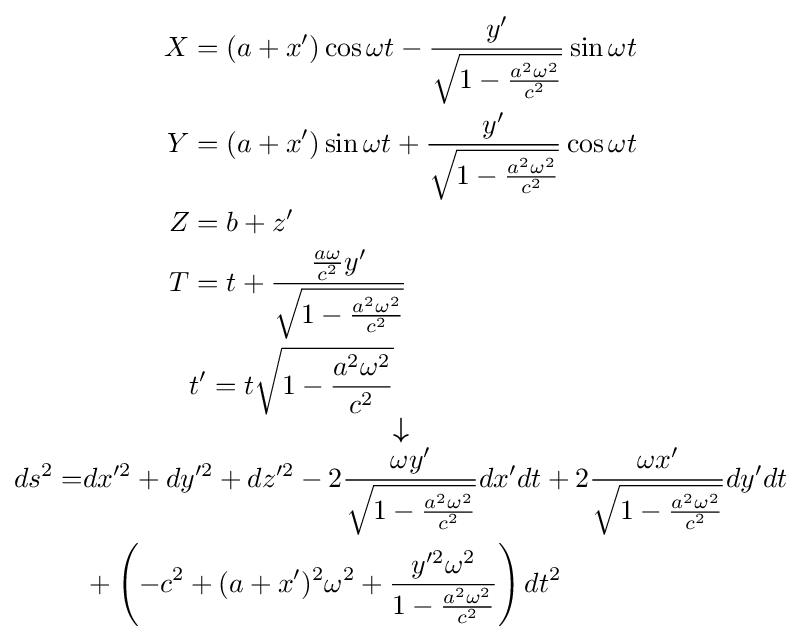
\scriptstyle {\begin{matrix}{\begin{aligned}X&=(a+x')\cos \omega t-{\frac {y'}{\sqrt {1-{\frac {a^{2}\omega ^{2}}{c^{2}}}}}}\sin \omega t\\Y&=(a+x')\sin \omega t+{\frac {y'}{\sqrt {1-{\frac {a^{2}\omega ^{2}}{c^{2}}}}}}\cos \omega t\\Z&=b+z'\\T&=t+{\frac {{\frac {a\omega }{c^{2}}}y'}{\sqrt {1-{\frac {a^{2}\omega ^{2}}{c^{2}}}}}}\\&t'=t{\sqrt {1-{\frac {a^{2}\omega ^{2}}{c^{2}}}}}\end{aligned}}\\{\boldsymbol {\downarrow }}\\{\begin{aligned}ds^{2}=&dx^{\prime 2}+dy^{\prime 2}+dz^{\prime 2}-2{\frac {\omega y'}{\sqrt {1-{\frac {a^{2}\omega ^{2}}{c^{2}}}}}}dx'dt+2{\frac {\omega x'}{\sqrt {1-{\frac {a^{2}\omega ^{2}}{c^{2}}}}}}dy'dt\\&+\left(-c^{2}+(a+x')^{2}\omega ^{2}+{\frac {y^{\prime 2}\omega ^{2}}{1-{\frac {a^{2}\omega ^{2}}{c^{2}}}}}\right)dt^{2}\end{aligned}}\end{matrix}}